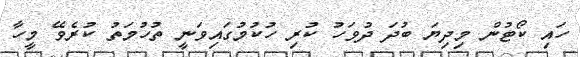
ހައި ކޯޓުން މިދިޔަ ބުދަ ދުވަހު ކުރި ހުކުމުގައިވަނީ ތުހުމަތު ކުރެވޭ މީހާ